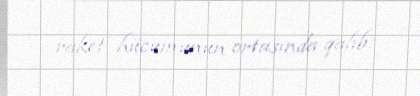
raket hücumunun ortasında qalıb.